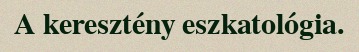
A keresztény eszkatológia.